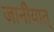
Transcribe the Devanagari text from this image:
जानीयात्